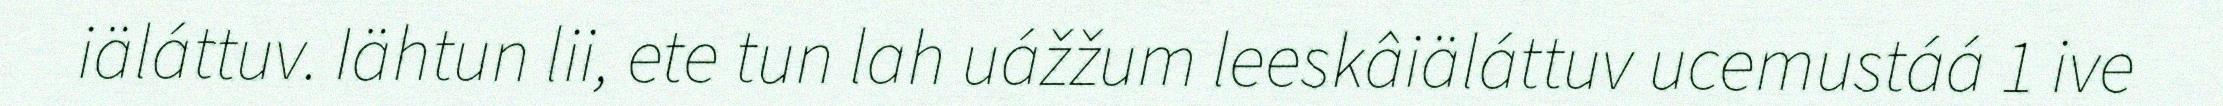
iäláttuv. Iähtun lii, ete tun lah uážžum leeskâiäláttuv ucemustáá 1 ive